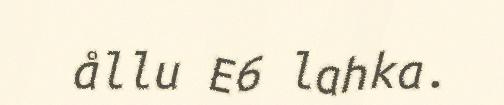
ållu E6 lahka.